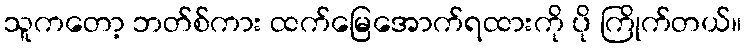
သူကတော့ ဘတ်စ်ကား ထက်မြေအောက်ရထားကို ပို ကြိုက်တယ်။